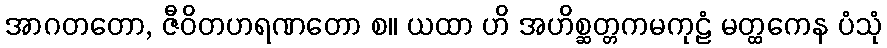
အာဂတတော, ဇီဝိတဟရဏတော စ။ ယထာ ဟိ အဟိစ္ဆတ္တကမကုဠံ မတ္ထကေန ပံသုံ